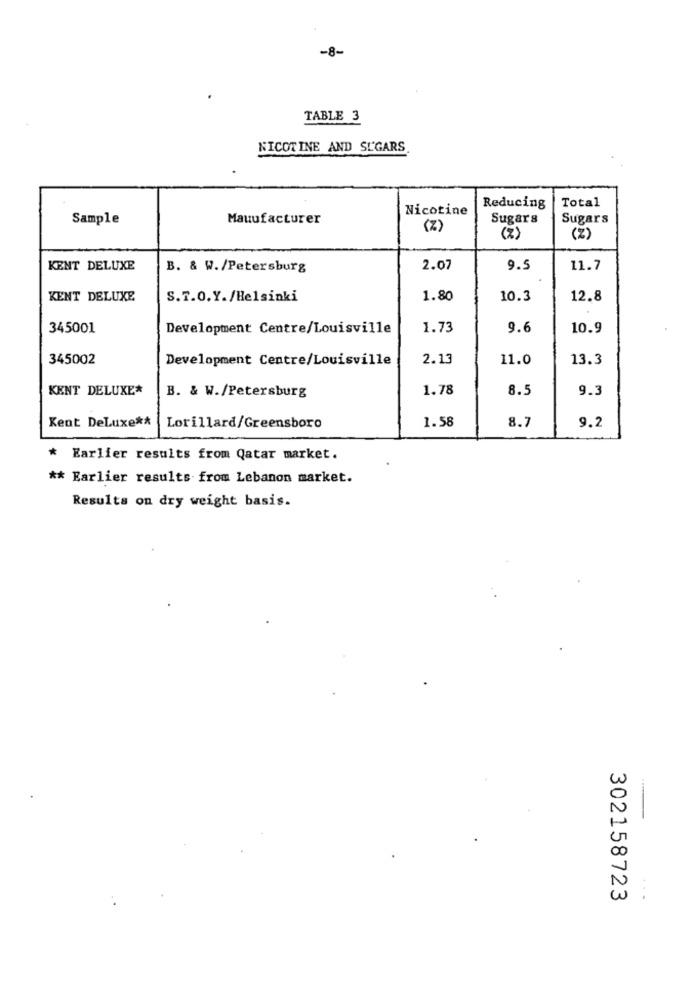
-8-
TABLE 3
NICOTINE AND SUGARS
Total
Nicotine
Reducing
Sample
Mauufacturer
Sugars
Sugars
(%)
(7)
(%)
KENT DELUXE
B. & W./Petersburg
2.07
9.5
11.7
KENT DELUXE
S.T.O.Y./Helsinki
1.80
10.3
12.8
345001
Development Centre/Louisville
1.73
9.6
10.9
345002
Development Centre/Louisville
2.13
11.0
13.3
KENT DELUXE*
B. & W./Petersburg
1.78
8.5
9.3
Kent DeLuxe **
Lorillard/Greensboro
1.58
8.7
9.2
* Earlier results from Qatar market.
** Earlier results from Lebanon market.
Results on dry weight basis.
w
Un
1
w
302158723